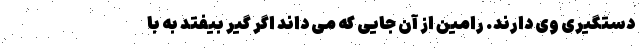
دستگیری وی دارند. رامین از آن جایی که می داند اگر گیر بیفتد به با